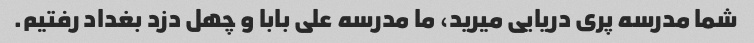
شما مدرسه پری دریایی میرید، ما مدرسه علی بابا و چهل دزد بغداد رفتیم.